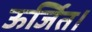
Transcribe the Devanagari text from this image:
ऊर्जित।